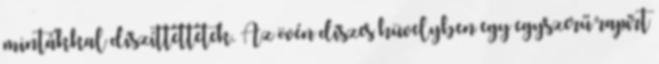
mintákkal díszíttettetek. Az övén díszes hüvelyben egy egyszerű rapírt